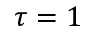
\tau = 1